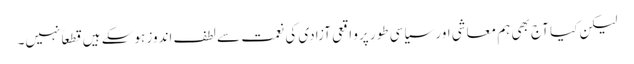
لیکن کیا آج بھی ہم معاشی اور سیاسی طور پرو اقعی آزادی کی نعمت سے لطف اندوز ہوسکے ہیں قطعاً نہیں۔